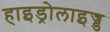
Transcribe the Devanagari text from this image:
हाइड्रोलाइज्ड